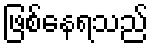
ဖြစ်နေရသည်